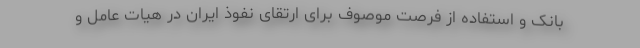
بانک و استفاده از فرصت موصوف برای ارتقای نفوذ ایران در هیات عامل و